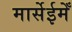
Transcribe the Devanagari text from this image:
मार्सेईमेँ